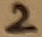
Text: 2